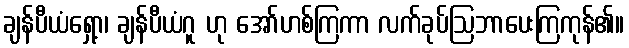
ချန်ပီယံရှော့၊ ချန်ပီယံဂူ ဟု အော်ဟစ်ကြကာ လက်ခုပ်ဩဘာပေးကြကုန်၏။